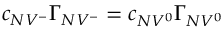
c _ { N V ^ { - } } \Gamma _ { N V ^ { - } } = c _ { N V ^ { 0 } } \Gamma _ { N V ^ { 0 } }